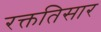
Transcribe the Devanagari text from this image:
रक्ततिसार